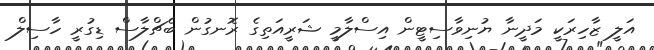
އަލީ ޒާހިރަކީ މަދީނާ ޔުނިވާސިޓީން އިސްލާމީ ޝަރީއަތިގެ ރޮނގުން ބެޗްލާސް ޑިގުރީ ހާސިލް